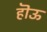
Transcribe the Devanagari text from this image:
हॊऊ